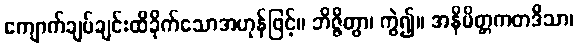
ကျောက်ချပ်ချင်းထိခိုက်သောအဟုန်ဖြင့်။ ဘိဇ္ဇိတွာ၊ ကွဲ၍။ အနိမိတ္တကတဒိသာ၊